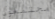
مجتمعون